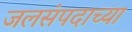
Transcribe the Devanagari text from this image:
जलसंपदाच्या